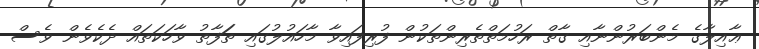
ޢާއިލާގެ މެންބަރުންނާއި ގާތް ރަހުމަތްތެރިންތަކުން ފުރިފައިވާ މާހައުލުގައި ތަަފާތު ވާހަކަތައް ދެކެވެން ވެސް